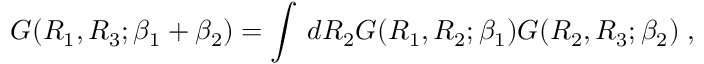
G ( R _ { 1 } , R _ { 3 } ; \beta _ { 1 } + \beta _ { 2 } ) = \int \, d R _ { 2 } G ( R _ { 1 } , R _ { 2 } ; \beta _ { 1 } ) G ( R _ { 2 } , R _ { 3 } ; \beta _ { 2 } ) \; ,